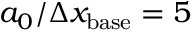
a _ { 0 } / \Delta x _ { \mathrm { b a s e } } = 5